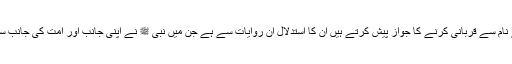
جولوگ نبی ﷺ کے نام سے قربانی کرنے کا جواز پیش کرتے ہیں ان کا استدلال ان روایات سے ہے جن میں نبی ﷺ نے اپنی جانب اور امت کی جانب سے قربانی کی ہے ۔